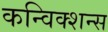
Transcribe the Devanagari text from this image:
कन्विक्शन्स